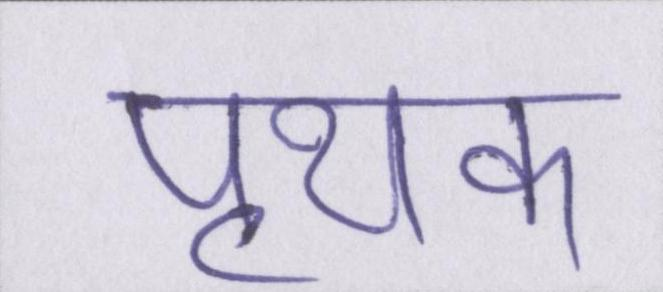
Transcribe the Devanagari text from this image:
पृथक